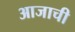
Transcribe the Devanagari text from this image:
आजाची